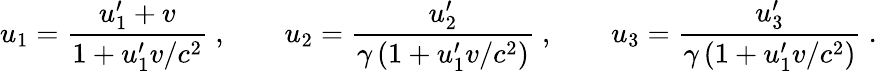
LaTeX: u_{1}={\frac{u_{1}^{\prime}+v}{1+u_{1}^{\prime}v/c^{2}}}\ ,\qquad u_{2}={\frac{u_{2}^{\prime}}{\gamma\left(1+u_{1}^{\prime}v/c^{2}\right)}}\ ,\qquad u_{3}={\frac{u_{3}^{\prime}}{\gamma\left(1+u_{1}^{\prime}v/c^{2}\right)}}\ .